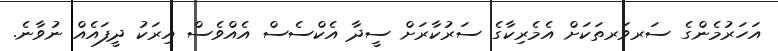
އަހަރުމެންގެ ސަރވަރތަކަށް އެމެރިކާގެ ސަރުކާރަށް ސީދާ އެކްސެސް އެއްވެސް އިރަކު ދީފައެއް ނުވާނެ.